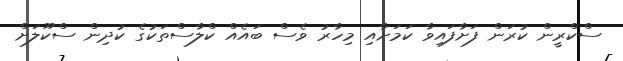
ސްކްރީން ކުރަން ފަށާފައިވާ ކަމަށާއި މިހާރު ވެސް ބައެއް ކްލާސްތަކުގެ ކުދިން ސްކޫލަށް